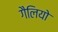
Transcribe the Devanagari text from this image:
गैलियो